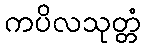
ကပိလသုတ္တံ